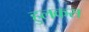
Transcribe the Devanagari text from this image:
हुलकस